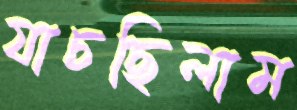
যাচছিলাম